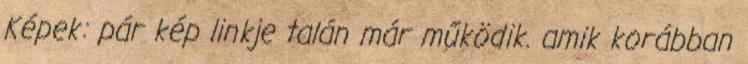
Képek: pár kép linkje talán már működik. amik korábban